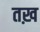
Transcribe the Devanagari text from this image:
तख़